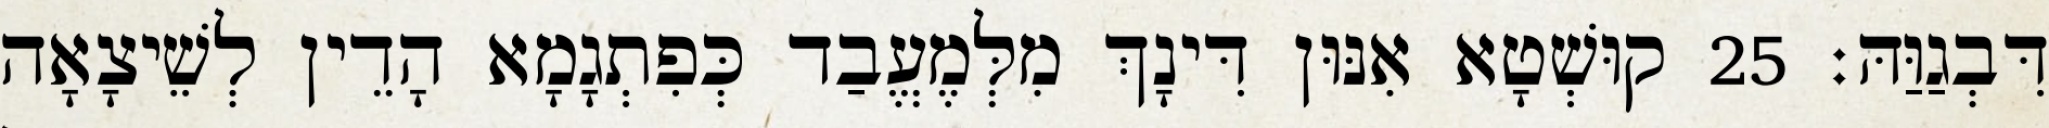
דִּבְגַוַּהּ׃ 25 קוּשְׁטָא אִנּוּן דִּינָךְ מִלְּמֶעֱבַד כְּפִתְגָמָא הָדֵין לְשֵׁיצָאָה